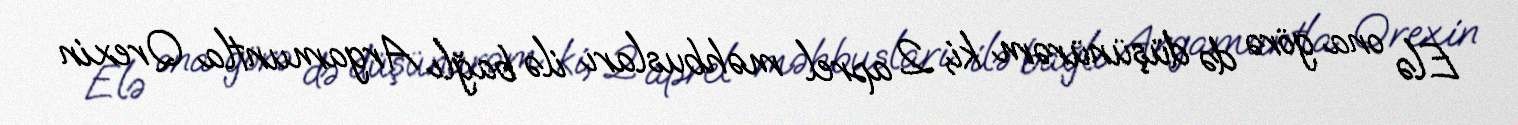
Elə ona görə də düşünürəm ki, 2 aprel məhbusları ilə bağlı Argamuntla Qrexin